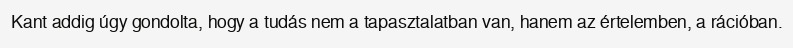
Kant addig úgy gondolta, hogy a tudás nem a tapasztalatban van, hanem az értelemben, a rációban.